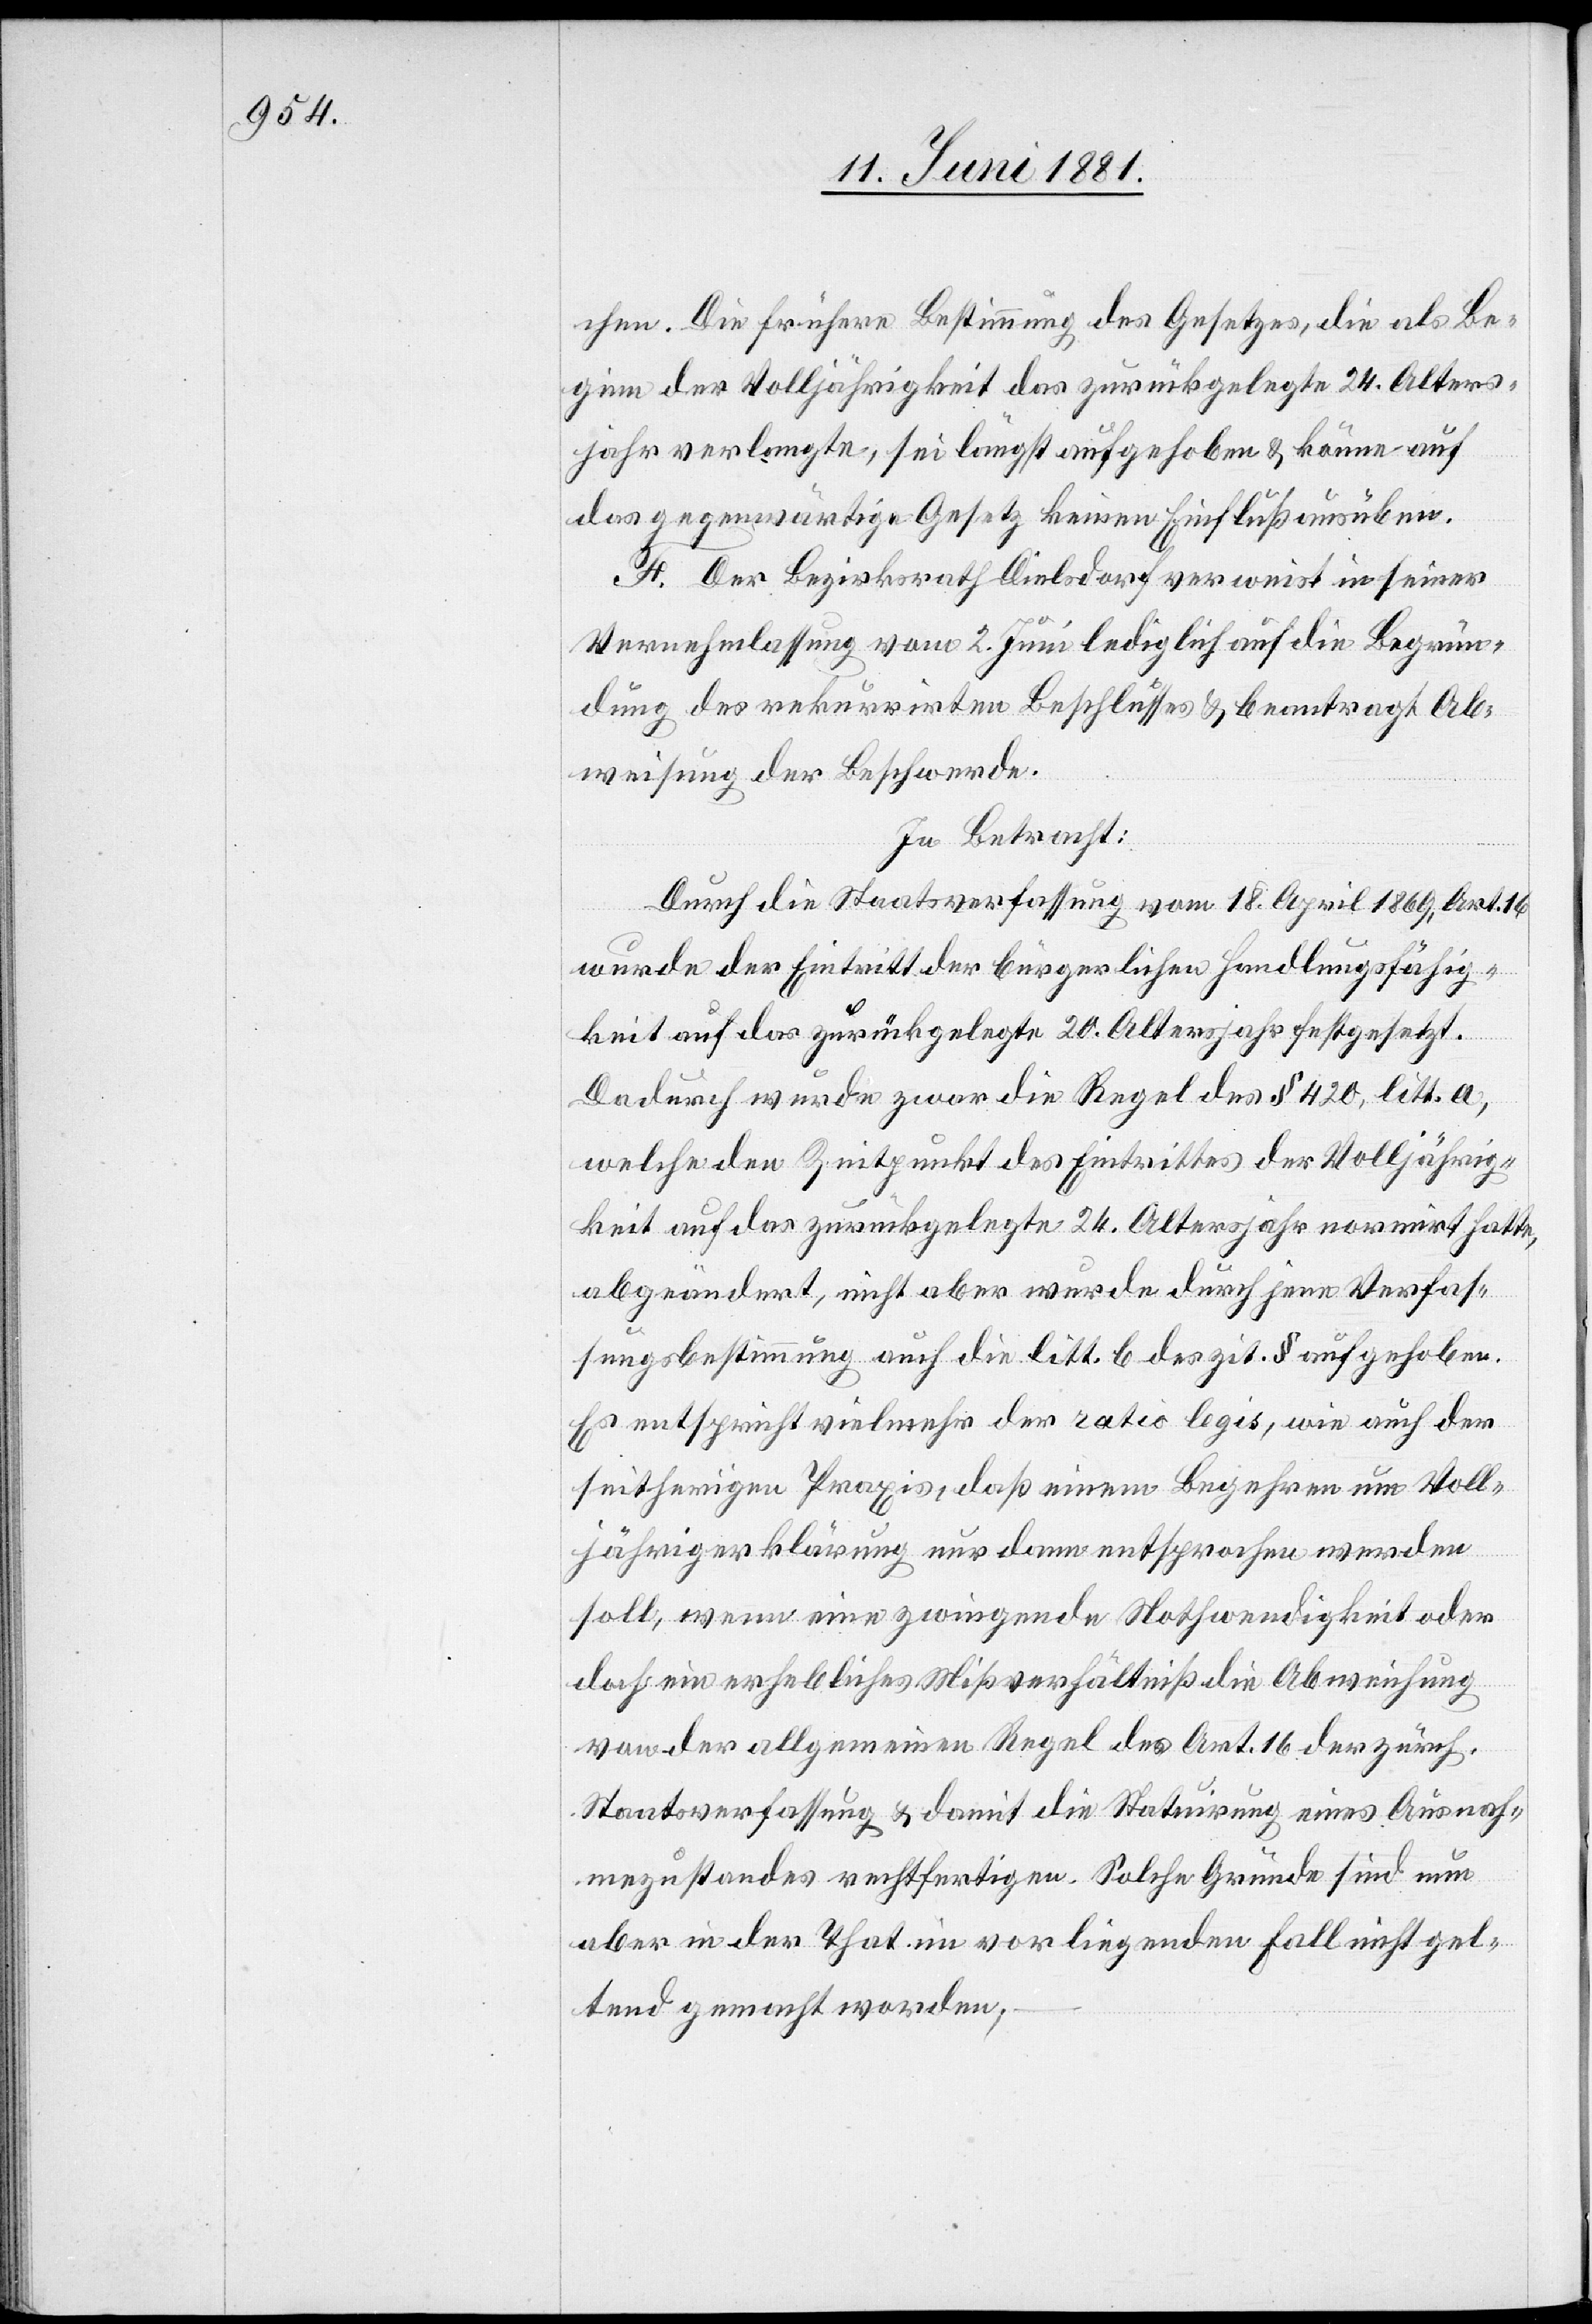
chen. Die frühere Bestimmung des Gesetzes, die als Be¬
ginn der Volljährigkeit das zurückgelegte 24. Alters¬
jahr verlangte, sei längst aufgehoben & könne auf
das gegenwärtige Gesetz keinen Einfluß ausüben.
F. Der Bezirksrath Dielsdorf verweist in seiner
Vernehmlassung vom 2. Juni lediglich auf die Begrün¬
dung des rekurrirten Beschlusses & beantragt Ab¬
weisung der Beschwerde.
In Betracht:
Durch die Staatsverfassung vom 18. April 1869, Art. 16
wurde der Eintritt der bürgerlichen Handlungsfähig¬
keit auf das zurückgelegte 20. Altersjahr festgesetzt.
Dadurch wurde zwar die Regel des § 420, litt. a,
welche den Zeitpunkt des Eintrittes der Volljährig¬
keit auf das zurückgelegte 24. Altersjahr normirt hatte,
abgeändert, nicht aber wurde durch jene Verfas¬
sungsbestimmung auch die litt. b des zit. § aufgehoben.
Es entspricht vielmehr der ratio legis, wie auch der
seitherigen Praxis, daß einem Begehren um Voll¬
jährigerklärung nur dann entsprochen werden
soll, wenn eine zwingende Nothwendigkeit oder
doch ein erhebliches Mißverhältniß die Abweisung
von der allgemeinen Regel des Art. 16 der zürch.
Staatsverfassung & damit die Statuirung eines Ausnah¬
mezustandes rechtfertigen. Solche Gründe sind nun
aber in der That im vorliegenden Fall nicht gel¬
tend gemacht worden;